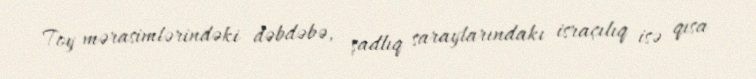
Toy mərasimlərindəki dəbdəbə, şadlıq saraylarındakı israçılıq isə qısa